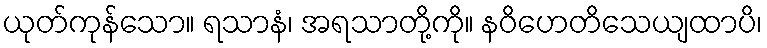
ယုတ်ကုန်သော။ ရသာနံ၊ အရသာတို့ကို။ နဝိဟေတိသေယျထာပိ၊